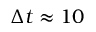
\Delta t \approx 1 0